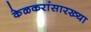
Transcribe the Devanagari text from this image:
केळकरांसारख्या